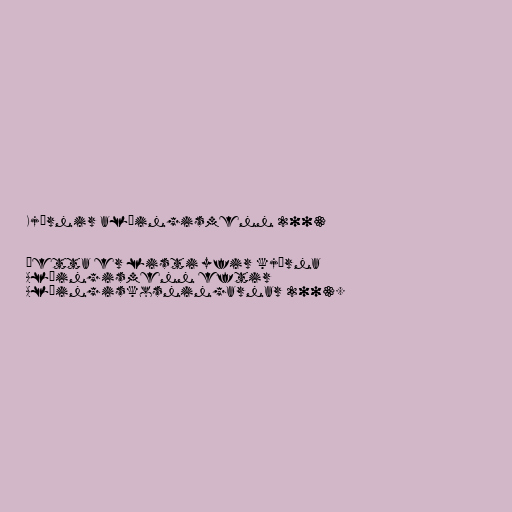
Kjörnir alþingismenn 2003

Þetta er listi yfir kjörna
Alþingismenn eftir
Alþingiskosningarnar 2003.